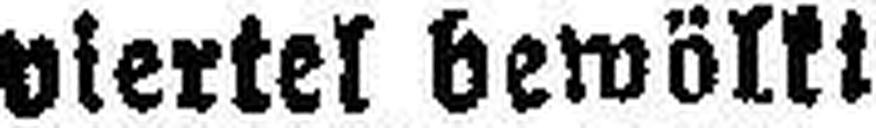
viertel bewölk